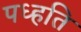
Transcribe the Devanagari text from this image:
पध्हति